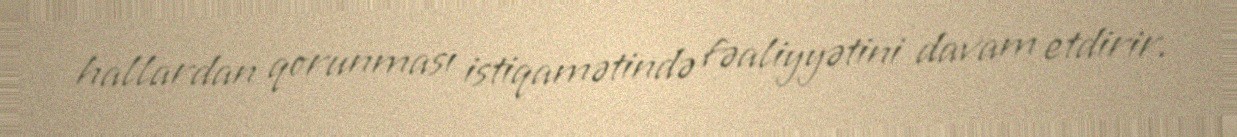
hallardan qorunması istiqamətində fəaliyyətini davam etdirir.